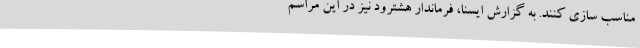
مناسب سازی کنند. به گزارش ایسنا، فرماندار هشترود نیز در این مراسم